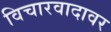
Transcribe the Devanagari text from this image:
विचारवादावर